Annual report on the lock hospitals of the Madras Presidency
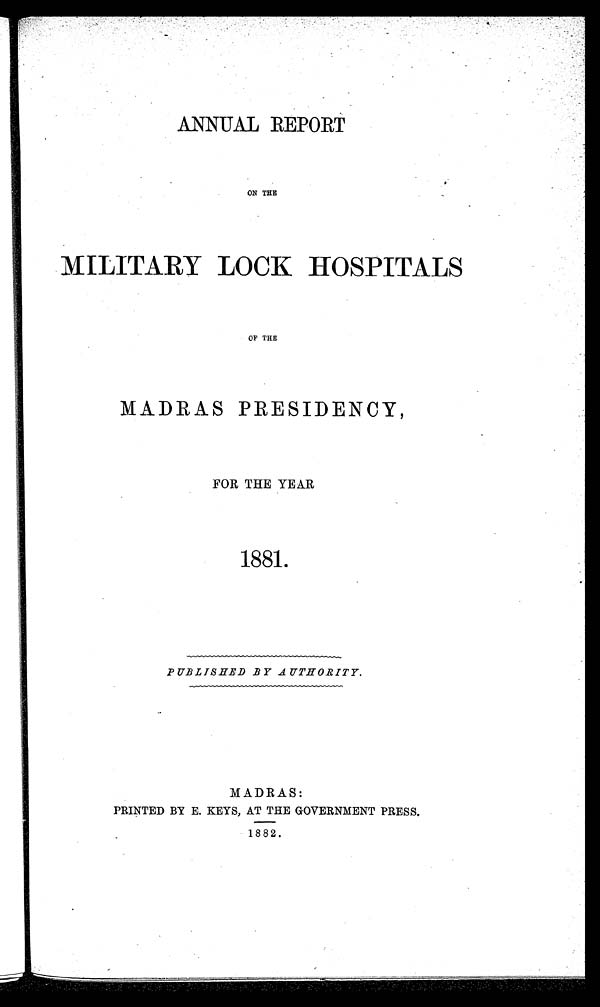
ANNUAL REPORT
ON THE
MILITARY LOCK HOSPITALS
OF THE
MADRAS PRESIDENCY,
FOR THE YEAR
1881.
PUBLISHED BY AUTHORITY.
MADRAS:
PRINTED BY E. KEYS, AT THE GOVERNMENT PRESS.
1882.